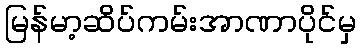
မြန်မာ့ဆိပ်ကမ်းအာဏာပိုင်မှ